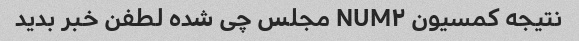
نتیجه کمسیون NUM۲ مجلس چی شده لطفن خبر بدید